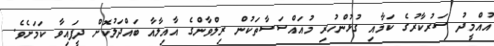
އުއްމީދު ސަރުކާރުގެ ކަމާއި ގުޅުންހުރި މުއައްސަސާތަކުން ރިލްވާންގެ އާއިލާއާ ބައްދަލުކޮށް ދީފައިވާ ކަމަށެވެ.